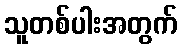
သူတစ်ပါးအတွက်